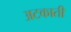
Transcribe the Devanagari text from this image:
अटकाती